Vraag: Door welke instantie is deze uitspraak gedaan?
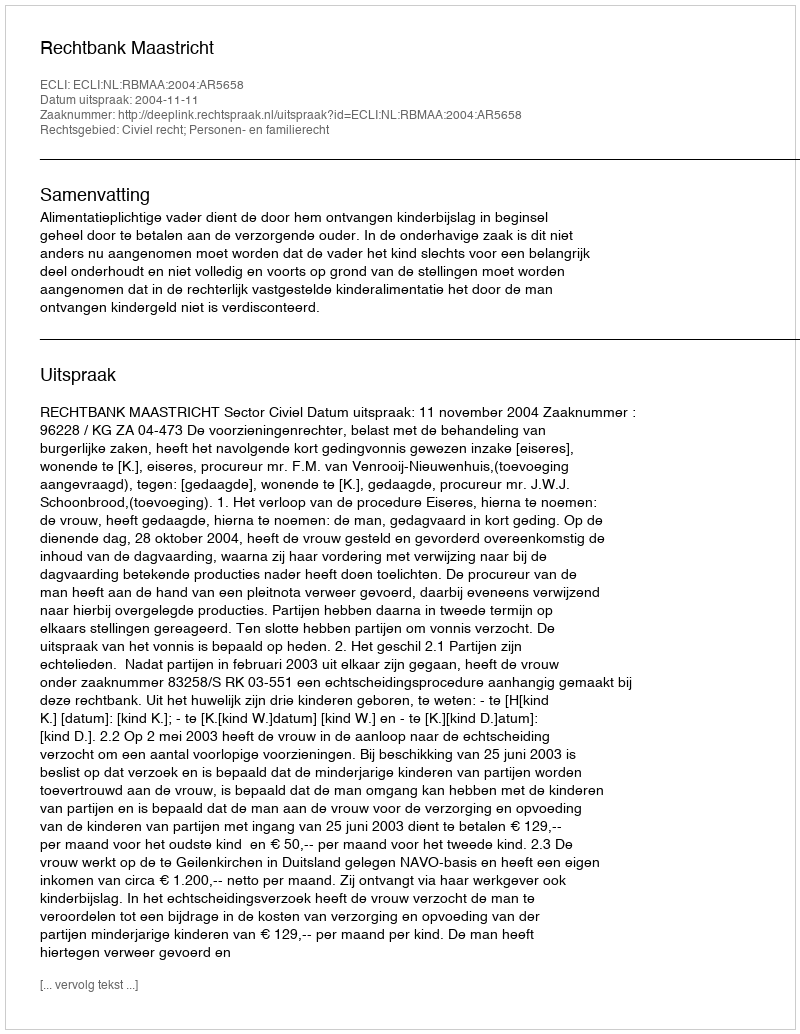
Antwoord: Rechtbank Maastricht